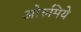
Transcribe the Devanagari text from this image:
ओरुमिये